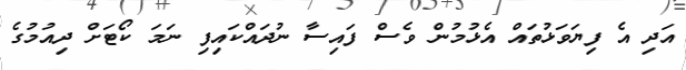
އަދި އެ ފިޔަވަޅުތައް އެޅުމުން ވެސް ފައިސާ ނުދައްކައިފި ނަމަ ކޯޓަށް ދިއުމުގެ